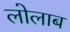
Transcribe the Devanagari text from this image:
लोलाब